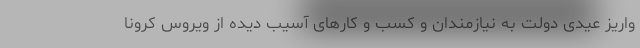
واریز عیدی دولت به نیازمندان و کسب و کارهای آسیب دیده از ویروس کرونا